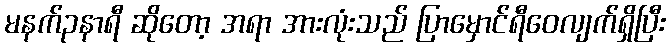
မနက်၃နာရီ ဆိုတော့ အရာ အားလုံးသည် ပြာမှောင်ရီဝေလျက်ရှိပြီး